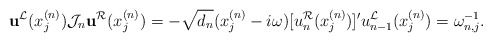
\begin{align*}\mathbf{u}^{\mathcal{L}}(x_j^{(n)})\mathcal{J}_n \mathbf{u}^{\mathcal{R}}(x_j^{(n)})=-\sqrt{d_{n}}(x_j^{(n)}-i\omega)[u_{n}^{\mathcal{R}}(x_j^{(n)})]'u_{n-1}^{\mathcal{L}}(x_j^{(n)})=\omega_{n,j}^{-1}. \end{align*}